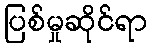
ပြစ်မှုဆိုင်ရာ